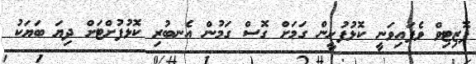
ޕޮޒިޓިވް ވެފައިވަނީ ކޮޅުފުށީން ގަމަށް ގޮސް ގަމުން އެނބުރި ކޮޅުފުށްޓަށް ދިޔަ ބަޔަކު